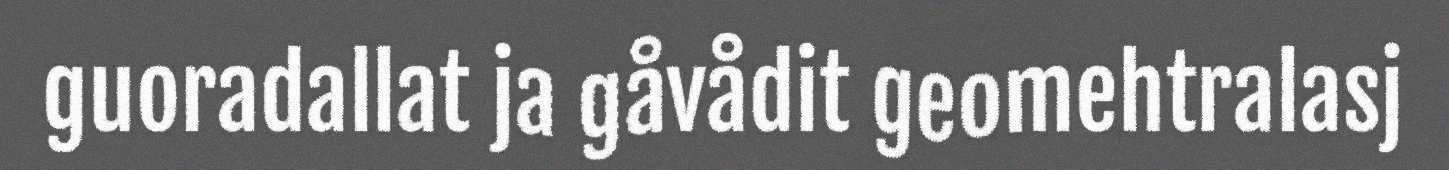
guoradallat ja gåvådit geomehtralasj